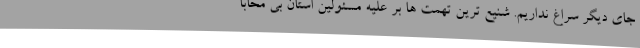
جای دیگر سراغ نداریم. شنیع ترین تهمت ها بر علیه مسئولین استان بی محابا